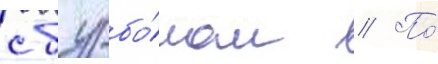
с бурбо́ном // По́